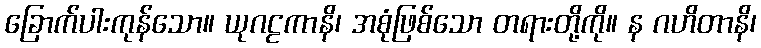
ခြောက်ပါးကုန်သော။ ယုဂဠကာနိ၊ အစုံဖြစ်သော တရားတို့ကို။ န ဂဟိတာနိ၊